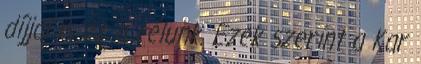
díjjal is ez a célunk. Ezek szerint a Kar